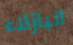
البازلاء